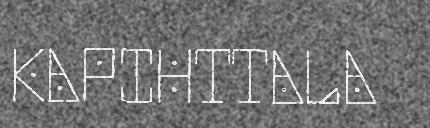
KAPIHTTALA